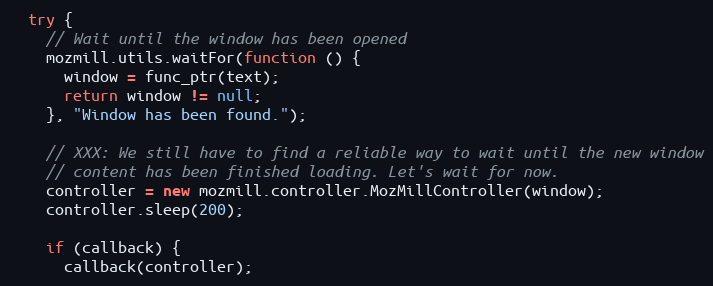
Language: JavaScript
  try {
    // Wait until the window has been opened
    mozmill.utils.waitFor(function () {
      window = func_ptr(text);
      return window != null;
    }, "Window has been found.");

    // XXX: We still have to find a reliable way to wait until the new window
    // content has been finished loading. Let's wait for now.
    controller = new mozmill.controller.MozMillController(window);
    controller.sleep(200);

    if (callback) {
      callback(controller);